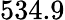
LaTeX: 534.9